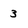
Character: 3